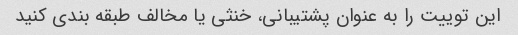
این توییت را به عنوان پشتیبانی، خنثی یا مخالف طبقه بندی کنید